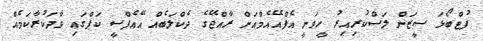
ފުޓްބޯޅަ ސީޒަން ލަސްކުރިއިރު ހީވަނީ އެފްއޭއެމްއަށް ރާއްޖޭގެ ދެކްލަބެއް އޭއެފްސީ ކަޕްގައި ވާދަކުރާކަމެއް